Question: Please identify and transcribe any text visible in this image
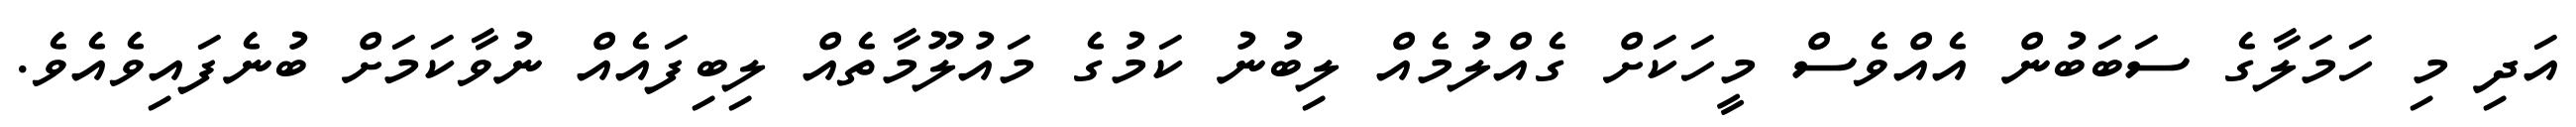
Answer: އަދި މި ހަމަލާގެ ސަބަބުން އެއްވެސް މީހަކަށް ގެއްލުމެއް ލިބުނު ކަމުގެ މައުލޫމާތެއް ލިބިފައެއް ނުވާކަމަށް ބުނެފައިވެއެވެ.